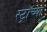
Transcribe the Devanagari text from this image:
स्ट्रॉच्या